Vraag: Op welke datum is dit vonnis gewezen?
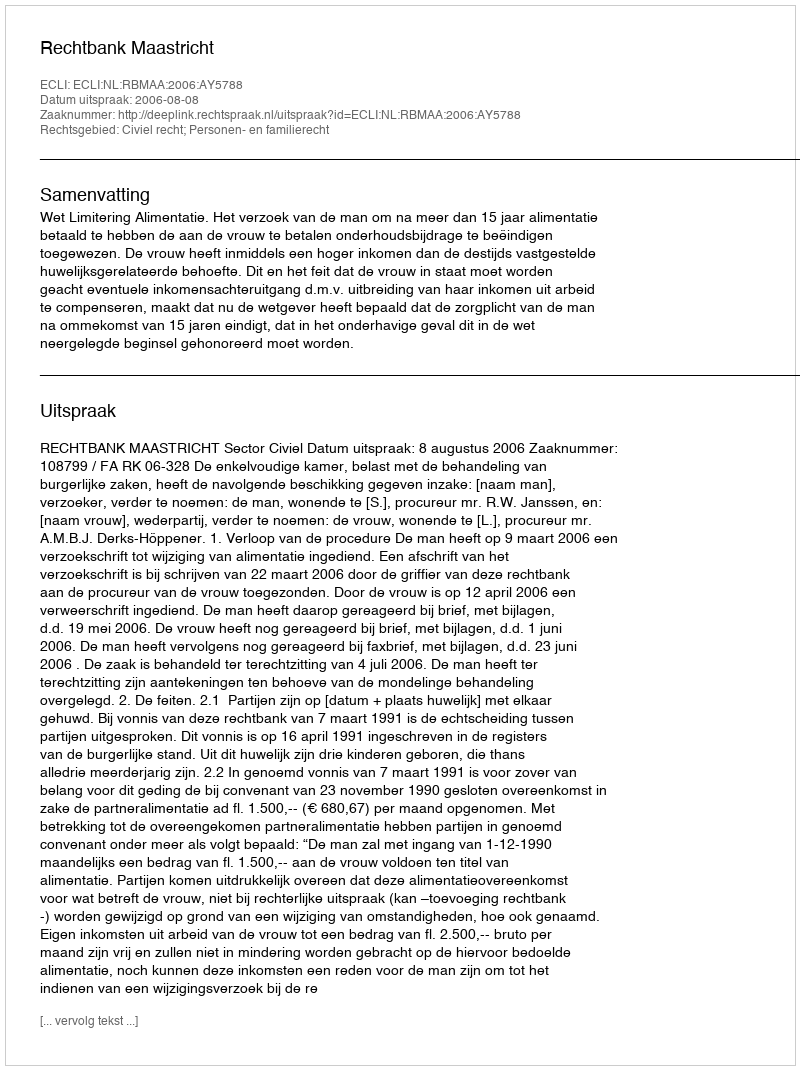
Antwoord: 2006-08-08